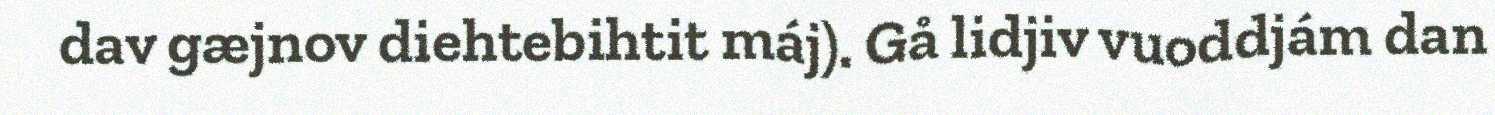
dav gæjnov diehtebihtit máj). Gå lidjiv vuoddjám dan